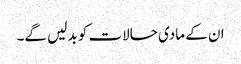
ان کے مادی حالات کو بدلیں گے۔